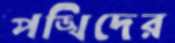
পঙ্খিদের